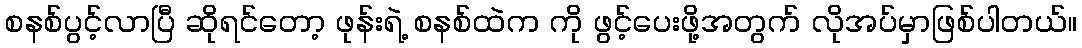
စနစ်ပွင့်လာပြီ ဆိုရင်တော့ ဖုန်းရဲ့ စနစ်ထဲက ကို ဖွင့်ပေးဖို့အတွက် လိုအပ်မှာဖြစ်ပါတယ်။